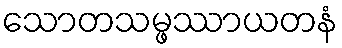
သောတသမ္ဖဿာယတနံ